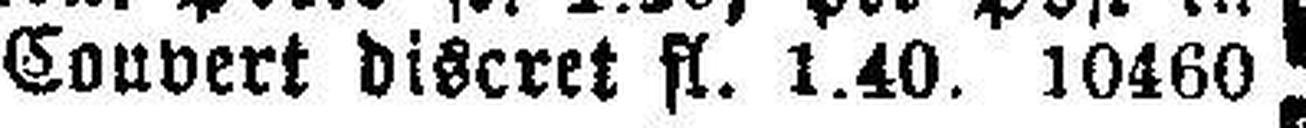
Convert discret fl. 1.40. 10460